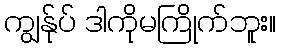
ကျွန်ုပ် ဒါကိုမကြိုက်ဘူး။